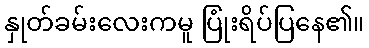
နှုတ်ခမ်းလေးကမူ ပြုံးရိပ်ပြနေ၏။